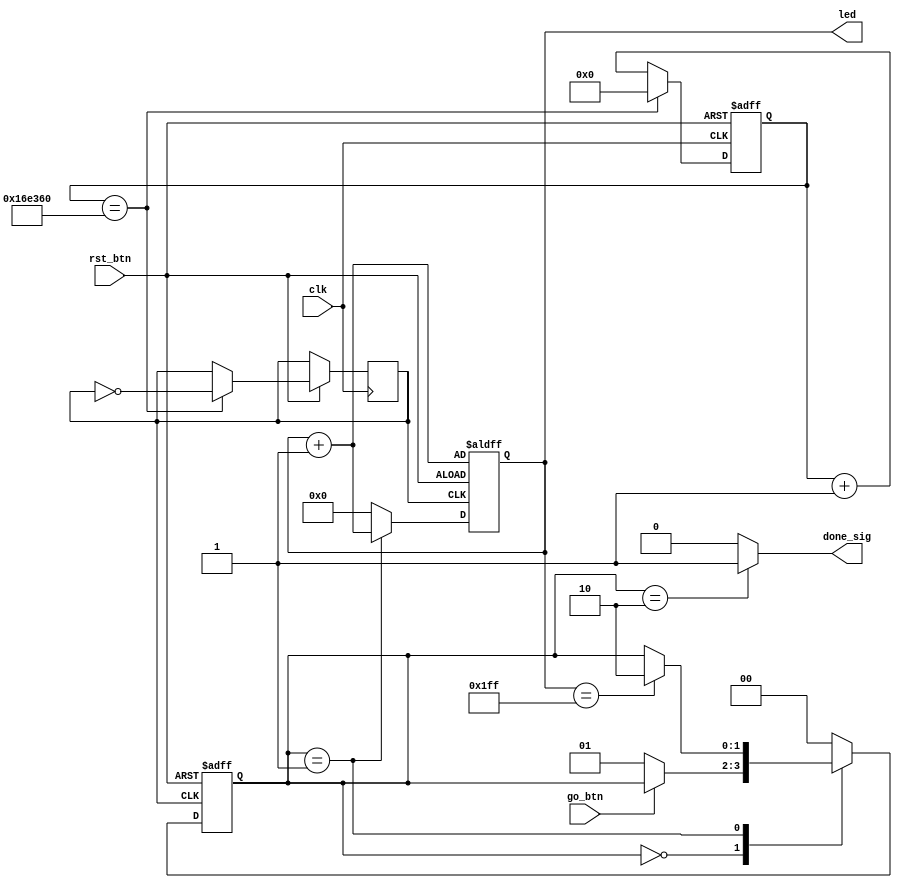
// State machine that counts up when button is pressed
module fsm_moore(

	// Inputs	
	input						clk,
	input						rst_btn,
	input						go_btn,
	
	// Outputs
	output	reg[8:0]		led,
	output	reg			done_sig
);

	// States. Numbers are 2 bits in length in decimal format
	localparam STATE_IDLE		= 2'd0;
	localparam STATE_COUNTING	= 2'd1;
	localparam STATE_DONE		= 2'd2;
	
	// Max counts for clock divider and counter
	localparam MAX_CLK_COUNT	= 24'd1500000;
	localparam MAX_LED_COUNT	= 9'h1FF;
	
	// Internal signals
	wire rst;
	wire go;
	
	// Internal storage elements
	reg			div_clk;
	reg[1:0]		state;
	reg[23:0]	clk_count;
	
	// Invert active-low buttons
	assign rst = ~rst_btn;
	assign go = ~go_btn;
	
	// Clock divider
	always @ (posedge clk or posedge rst) begin
		if (rst == 1'b1) begin
			clk_count <= 24'b0;
		end else if (clk_count == MAX_CLK_COUNT) begin
			clk_count <= 24'b0;
			
			// invert divided clock signal
			div_clk <= ~div_clk;
		end else begin
			clk_count <= clk_count + 1;
		end
	end
	
	// State transition logic
	always @ (posedge div_clk or posedge rst) begin
	
		// On reset, return to idle state
		if (rst == 1'b1) begin
			state <= STATE_IDLE;
		
		// Define the state transitions
		end else begin
			case (state)
			
				// Wait for go button to be pressed
				STATE_IDLE: begin
					if (go == 1'b1) begin
						state <= STATE_COUNTING;
					end
				end
				
				// Go from counting to done if counting reaches max
				STATE_COUNTING: begin
					if (led == MAX_LED_COUNT) begin
						state <= STATE_DONE;
					end
				end
				
				// Spend one clock cycle in done state
				STATE_DONE: state <= STATE_IDLE;
				
				// Go to idle if in unknown state
				default: state <= STATE_IDLE;
			endcase
		end
	end
	
	// Handle the LED counter
	always @ (posedge div_clk or posedge rst) begin
		if (rst == 1'b1) begin
			led <= led + 1;
		end else begin
			if (state == STATE_COUNTING) begin
				led <= led + 1;
			end else begin
				led <= 4'd0;
			end
		end
	end
	
	// Handle done LED output
	always @ ( * ) begin
		if (state == STATE_DONE) begin
			done_sig = 1'b1;
		end else begin
			done_sig = 1'b0;
		end
	end
	
endmodule